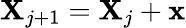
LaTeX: \mathbf{X}_{j+1}=\mathbf{X}_{j}+\mathbf{x}